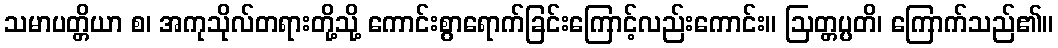
သမာပတ္တိယာ စ၊ အကုသိုလ်တရားတို့သို့ ကောင်းစွာရောက်ခြင်းကြောင့်လည်းကောင်း။ ဩတ္တပ္ပတိ၊ ကြောက်သည်၏။